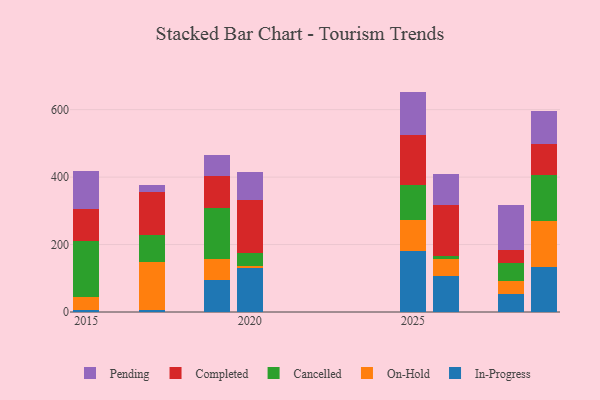
{"axis": {"x": "Year", "y": "Gross Profit (USD K)"}, "legend": ["Cancelled", "Completed", "In-Progress", "On-Hold", "Pending"], "data": [{"x": "2015", "y": 6.0, "type": "In-Progress"}, {"x": "2015", "y": 37.7, "type": "On-Hold"}, {"x": "2015", "y": 166.0, "type": "Cancelled"}, {"x": "2015", "y": 96.6, "type": "Completed"}, {"x": "2015", "y": 112.1, "type": "Pending"}, {"x": "2017", "y": 6.4, "type": "In-Progress"}, {"x": "2017", "y": 142.2, "type": "On-Hold"}, {"x": "2017", "y": 81.1, "type": "Cancelled"}, {"x": "2017", "y": 125.6, "type": "Completed"}, {"x": "2017", "y": 20.5, "type": "Pending"}, {"x": "2020", "y": 129.5, "type": "In-Progress"}, {"x": "2020", "y": 7.8, "type": "On-Hold"}, {"x": "2020", "y": 36.6, "type": "Cancelled"}, {"x": "2020", "y": 158.4, "type": "Completed"}, {"x": "2020", "y": 82.1, "type": "Pending"}, {"x": "2026", "y": 108.0, "type": "In-Progress"}, {"x": "2026", "y": 50.4, "type": "On-Hold"}, {"x": "2026", "y": 6.2, "type": "Cancelled"}, {"x": "2026", "y": 153.5, "type": "Completed"}, {"x": "2026", "y": 90.5, "type": "Pending"}, {"x": "2029", "y": 133.2, "type": "In-Progress"}, {"x": "2029", "y": 135.2, "type": "On-Hold"}, {"x": "2029", "y": 137.9, "type": "Cancelled"}, {"x": "2029", "y": 91.0, "type": "Completed"}, {"x": "2029", "y": 98.7, "type": "Pending"}, {"x": "2019", "y": 94.6, "type": "In-Progress"}, {"x": "2019", "y": 61.9, "type": "On-Hold"}, {"x": "2019", "y": 152.0, "type": "Cancelled"}, {"x": "2019", "y": 96.2, "type": "Completed"}, {"x": "2019", "y": 61.1, "type": "Pending"}, {"x": "2028", "y": 53.6, "type": "In-Progress"}, {"x": "2028", "y": 37.8, "type": "On-Hold"}, {"x": "2028", "y": 52.9, "type": "Cancelled"}, {"x": "2028", "y": 39.8, "type": "Completed"}, {"x": "2028", "y": 133.7, "type": "Pending"}, {"x": "2025", "y": 179.9, "type": "In-Progress"}, {"x": "2025", "y": 93.6, "type": "On-Hold"}, {"x": "2025", "y": 102.9, "type": "Cancelled"}, {"x": "2025", "y": 148.4, "type": "Completed"}, {"x": "2025", "y": 128.7, "type": "Pending"}]}